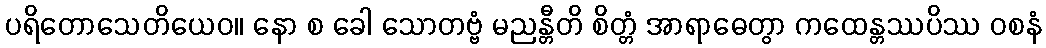
ပရိတောသေတိယေဝ။ နော စ ခေါ သောတဗ္ဗံ မညန္တီတိ စိတ္တံ အာရာဓေတွာ ကထေန္တဿပိဿ ဝစနံ